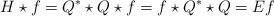
\begin{align*}H\star f= Q^*\star Q \star f = f \star Q^*\star Q =Ef\end{align*}